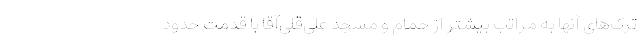
ترک‌های آنها به مراتب بیشتر از حمام و مسجد علی‌قلی‌آقا با قدمت حدود